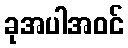
ခုအပါအဝင်